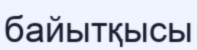
байытқысы